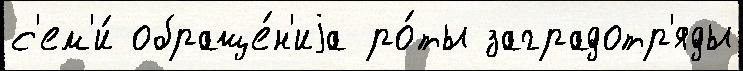
с'ем'и́ обраще́н'иjа ро́ты заградотр'яды